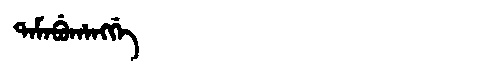
Manchu: ᡨᠠᠮᠠᠪᡠᡥᠠᠩᡤᡝ
Romanization: TAMABUHANGGE